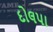
દોલપા